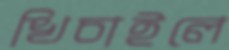
খিচাইলে